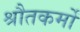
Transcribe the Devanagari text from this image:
श्रौतकर्मों